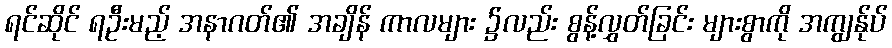
ရင်ဆိုင် ရဦးမည့် အနာဂတ်၏ အချိန် ကာလများ ၌လည်း စွန့်လွှတ်ခြင်း များစွာကို အကျွန်ုပ်